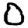
Digit: 0